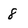
Character: 8